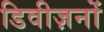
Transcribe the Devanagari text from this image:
डिवीज़नों